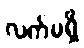
လက်မရှိ